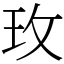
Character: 玫